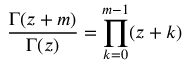
{ \frac { \Gamma ( z + m ) } { \Gamma ( z ) } } = \prod _ { k = 0 } ^ { m - 1 } ( z + k )